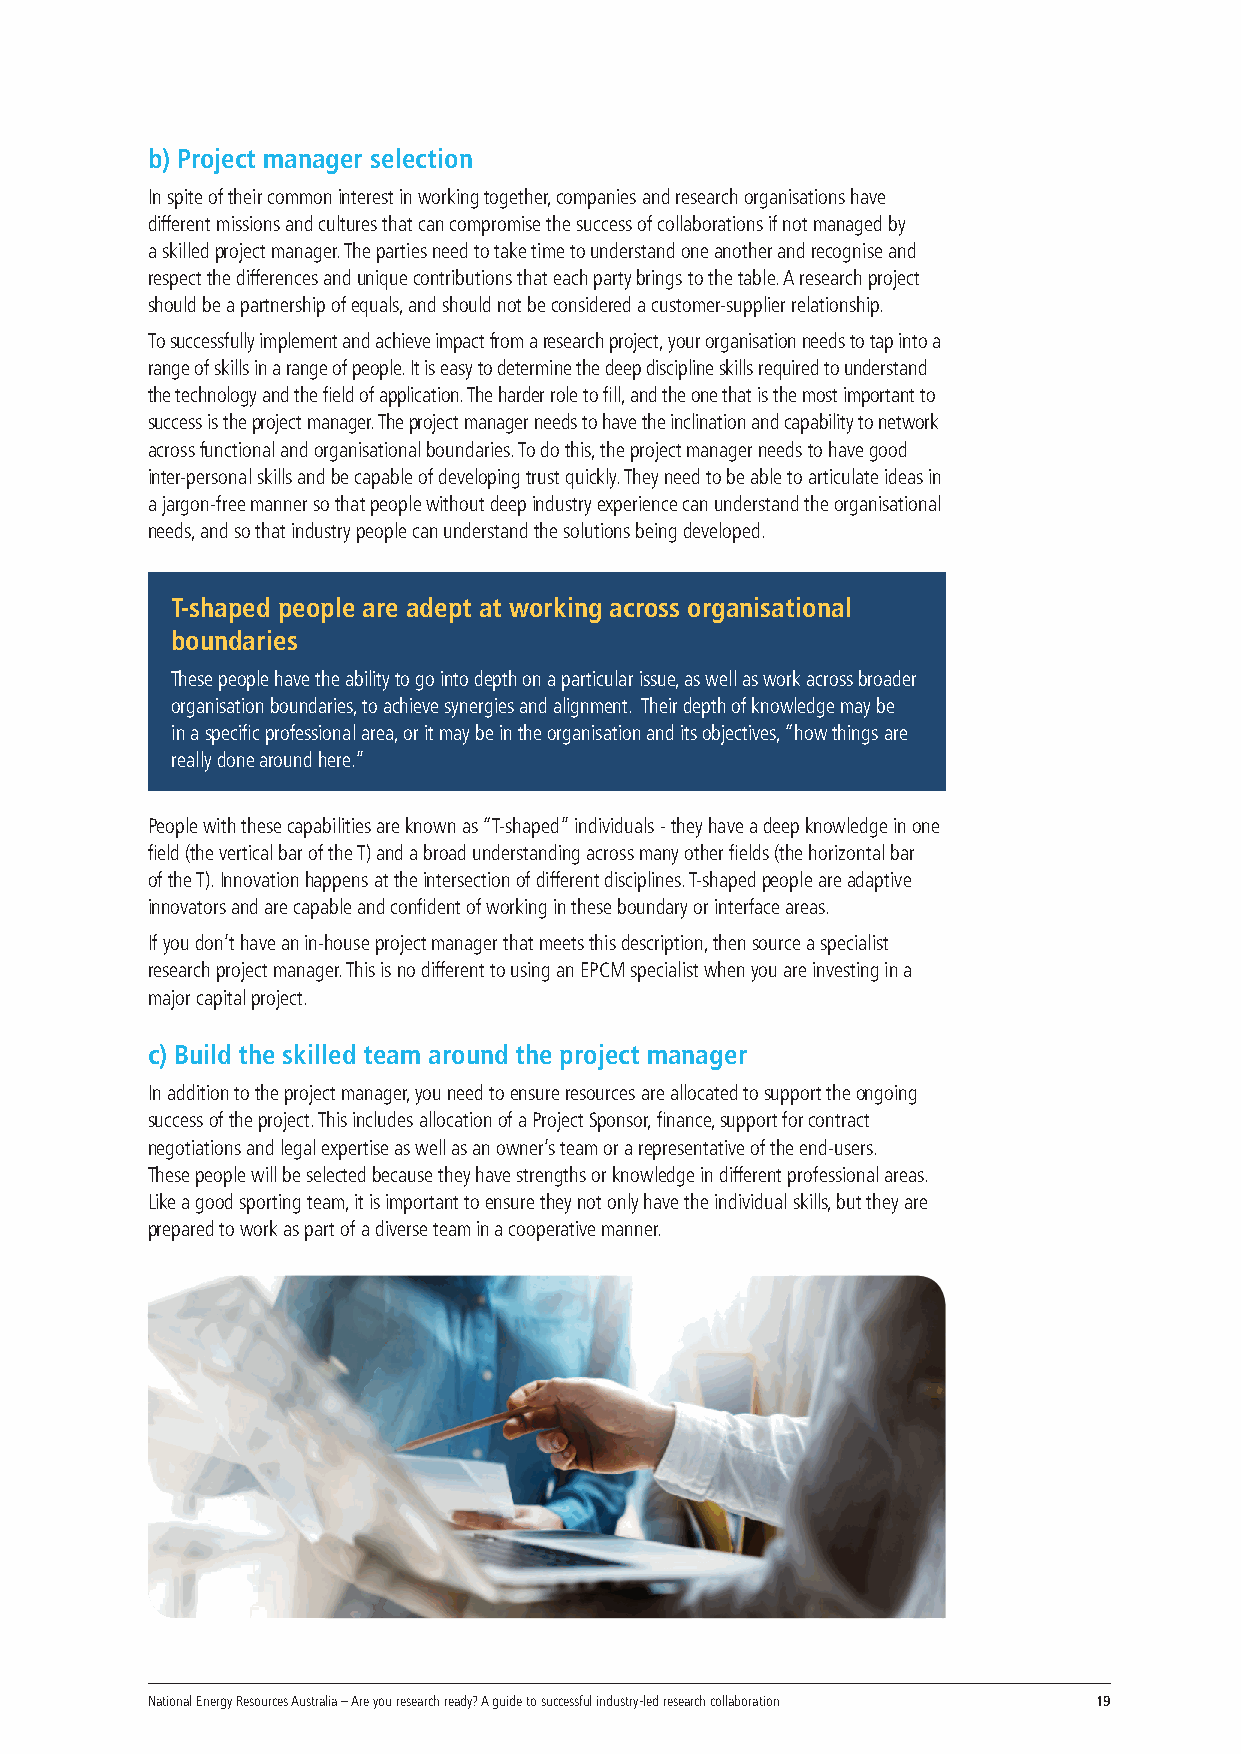
b) Project manager selection
 In spite of their common interest in working together, companies and research organisations have
 different missions and cultures that can compromise the success of collaborations if not managed by
 a skilled project manager. The parties need to take time to understand one another and recognise and
 respect the differences and unique contributions that each party brings to the table. A research project
 should be a partnership of equals, and should not be considered a customer-supplier relationship.
 To successfully implement and achieve impact from a research project, your organisation needs to tap into a
 range of skills in a range of people. It is easy to determine the deep discipline skills required to understand
 the technology and the field of application. The harder role to fill, and the one that is the most important to
 success is the project manager. The project manager needs to have the inclination and capability to network
 across functional and organisational boundaries. To do this, the project manager needs to have good
 inter-personal skills and be capable of developing trust quickly. They need to be able to articulate ideas in
 a jargon-free manner so that people without deep industry experience can understand the organisational
 needs, and so that industry people can understand the solutions being developed.
 T-shaped people are adept at working across organisational
 boundaries
 These people have the ability to go into depth on a particular issue, as well as work across broader
 organisation boundaries, to achieve synergies and alignment. Their depth of knowledge may be
 in a specific professional area, or it may be in the organisation and its objectives, “how things are
 really done around here.”
 People with these capabilities are known as “T-shaped” individuals - they have a deep knowledge in one
 field (the vertical bar of the T) and a broad understanding across many other fields (the horizontal bar
 of the T). Innovation happens at the intersection of different disciplines. T-shaped people are adaptive
 innovators and are capable and confident of working in these boundary or interface areas.
 If you don’t have an in-house project manager that meets this description, then source a specialist
 research project manager. This is no different to using an EPCM specialist when you are investing in a
 major capital project.
 c) Build the skilled team around the project manager
 In addition to the project manager, you need to ensure resources are allocated to support the ongoing
 success of the project. This includes allocation of a Project Sponsor, finance, support for contract
 negotiations and legal expertise as well as an owner’s team or a representative of the end-users.
 These people will be selected because they have strengths or knowledge in different professional areas.
 Like a good sporting team, it is important to ensure they not only have the individual skills, but they are
 prepared to work as part of a diverse team in a cooperative manner.
 National Energy Resources Australia – Are you research ready? A guide to successful industry-led research collaboration 19